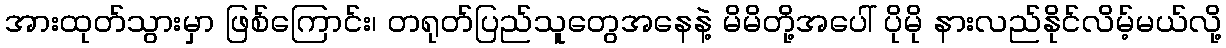
အားထုတ်သွားမှာ ဖြစ်ကြောင်း၊ တရုတ်ပြည်သူတွေအနေနဲ့ မိမိတို့အပေါ် ပိုမို နားလည်နိုင်လိမ့်မယ်လို့